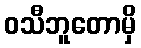
ဝသီဘူတောမှိ